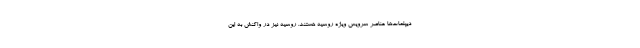
دیپلمات‌ها عناصر سرویس ویژه روسیه هستند. روسیه نیز در واکنش به این